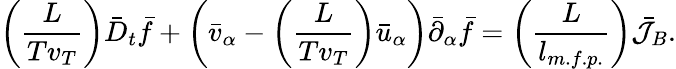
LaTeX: \left(\frac{L}{Tv_{T}}\right)\bar{D}_{t}\bar{f}+\left(\bar{v}_{\alpha}-\left(\frac{L}{Tv_{T}}\right)\bar{u}_{\alpha}\right)\bar{\partial}_{\alpha}\bar{f}=\left(\frac{L}{l_{m.f.p.}}\right)\bar{\mathcal{J}}_{B}.